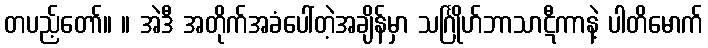
တပည့်တော်။ ။ အဲဒီ အတိုက်အခံပေါ်တဲ့အချိန်မှာ သင်္ဂြိုဟ်ဘာသာဋီကာနဲ့ ပါတိမောက်